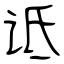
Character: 诋